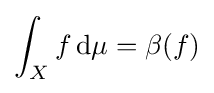
\int _{X}f\,\mathrm {d} \mu =\beta (f)